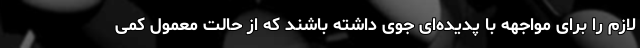
لازم را برای مواجهه با پدیده‌ای جوی داشته باشند که از حالت معمول کمی